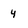
Character: 4